Civil Veterinary Dept. Bombay admin report 1907-1913 - 1907-1913
Year: 1907
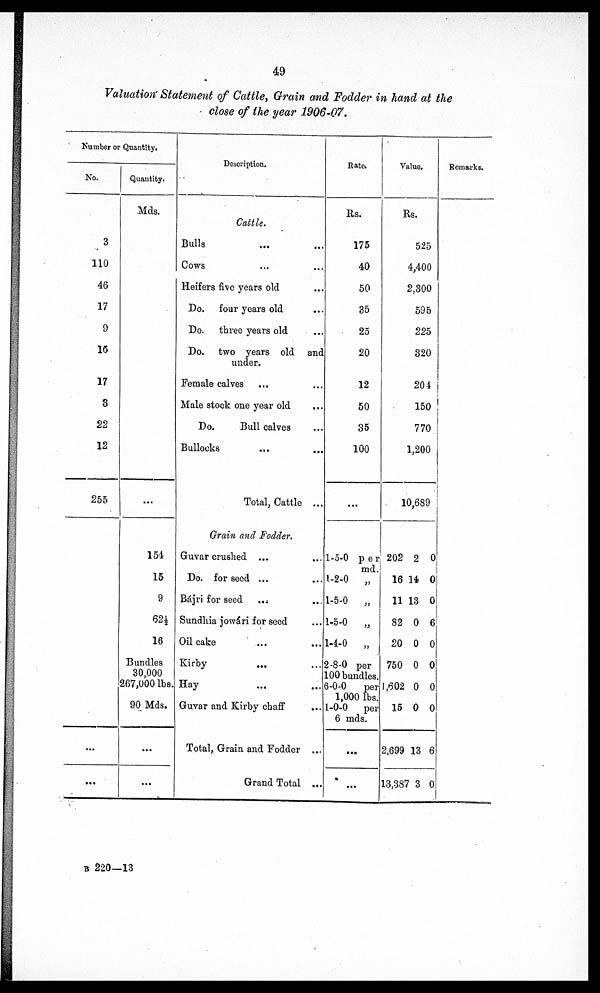
49
Valuation Statement of Cattle, Grain and Fodder in hand at the
close of the year 1906-07.
Number or Quantity.
No.
3
110
46
17
9
16
17
3
22
12
255
...
...
Quantity.
Mds.
...
154
15
9
62½
16
Bundles
30,000
267,000 lbs.
90 Mds.
...
...
Description.
Cattle.
Bulls ... ...
Cows ... ...
Heifers five years old ...
Do. four years old ...
Do. three years old ...
Do. two years old and
under.
Female calves ... ...
Male stock one year old ...
Do.
Bull calves ...
Bullocks
Total, Cattle ...
Grain and Fodder.
Guvar crushed ... ...
Do. for seed ...
Bájri for seed ... ...
Sundhia jowári for seed ...
Oil cake ... ...
Kirby .. ....
Hay ... ...
Guvar and Kirby chaff ...
Total, Grain and Fodder ..
Grand Total ...
Rate.
Rs.
175
40
50
35
25
20
12
50
35
100
...
1-5-0 per
md.
1-2-0
„
1-5-0
„
1-5-0
„
1-4-0
„
2-8-0 per
100 bundles.
6-0-0
per
1,000 lbs.
1-0-0
per
6 mds.
...
...
Value.
Rs.
525
4,400
2,300
595
225
320
204
150
770
1,200
10,689
202 2 0
16 14 0
11 13 0
82 0 6
20 0 0
750 0 0
1,602 0 0
15 0 0
2,699 13 6
13,387 3 0
Remarks.
B 220—13